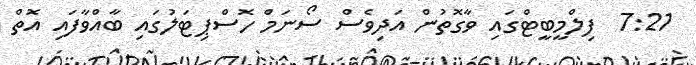
7:21  ފިލްމީބީޓްގައި ވާގޮތުން އަދިވެސް ސޯނަމް ހޮސްޕިޓަލުގައި ބާއްވާފައި އޮތް